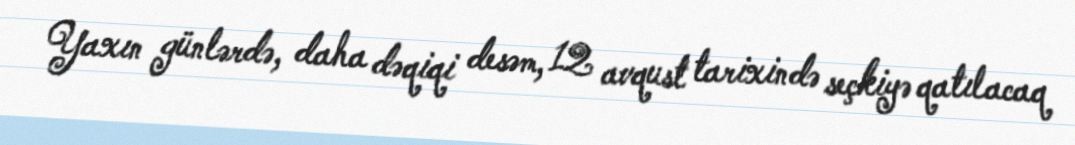
Yaxın günlərdə, daha dəqiqi desəm, 12 avqust tarixində seçkiyə qatılacaq